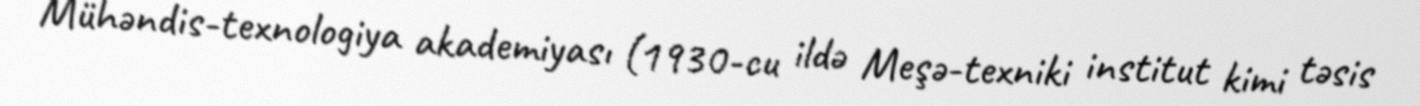
Mühəndis-texnologiya akademiyası (1930-cu ildə Meşə-texniki institut kimi təsis